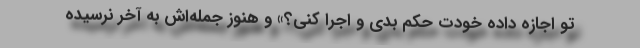
تو اجازه داده خودت حکم بدی و اجرا کنی؟» و هنوز جمله‌اش به آخر نرسیده